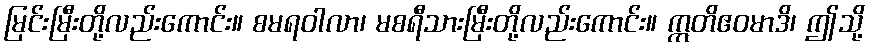
မြင်းမြီးတို့လည်းကောင်း။ စမရဝါလာ၊ မစရီသားမြီးတို့လည်းကောင်း။ ဣတိဧဝမာဒိ၊ ဤသို့